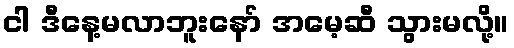
ငါ ဒီနေ့မလာဘူးနော် အမေ့ဆီ သွားမလို့။